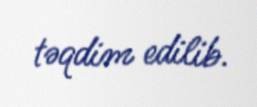
təqdim edilib.